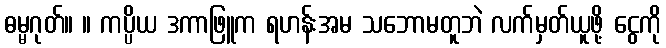
ဓမ္မဂုတ်။ ။ ကပ္ပိယ ဒကာဖြူက ရဟန်းအမ သဘောမတူဘဲ လက်မှတ်ယူဖို့ ငွေကို